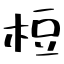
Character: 梪